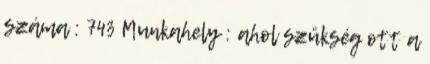
száma : 743 Munkahely : ahol szükség ott a